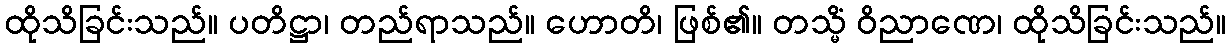
ထိုသိခြင်းသည်။ ပတိဋ္ဌာ၊ တည်ရာသည်။ ဟောတိ၊ ဖြစ်၏။ တသ္မိံ ဝိညာဏေ၊ ထိုသိခြင်းသည်။